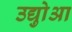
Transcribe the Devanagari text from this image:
उद्योुआ